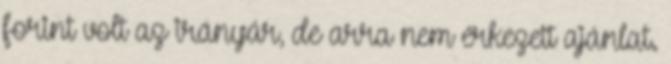
forint volt az irányár, de arra nem érkezett ajánlat.